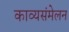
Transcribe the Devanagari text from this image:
काव्यसंमेलन